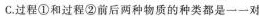
C.过程①和过程②前后两种物质的种类都是一一对